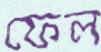
ফেল